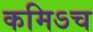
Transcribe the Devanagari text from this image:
कमिऽच